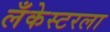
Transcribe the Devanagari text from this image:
लँकेस्टरला